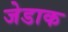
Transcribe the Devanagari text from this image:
जेडाक